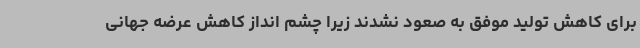
برای کاهش تولید موفق به صعود نشدند زیرا چشم انداز کاهش عرضه جهانی